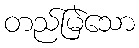
တည်မြဲသော